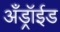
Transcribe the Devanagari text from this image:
अँड्रॉईड